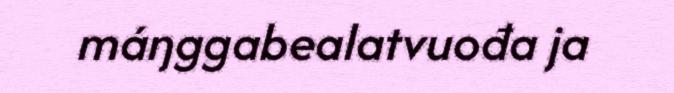
máŋggabealatvuođa ja